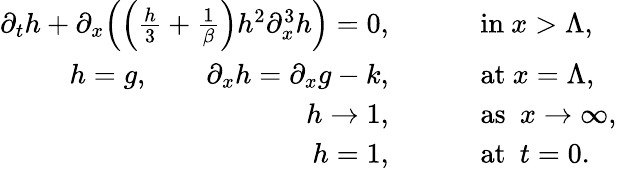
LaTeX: \begin{array}{rl}{\partial_{t}h+\partial_{x}\Big(\Big(\frac{h}{3}+\frac{1}{\beta}\Big)h^{2}\partial_{x}^{3}h\Big)=0,\qquad}&{\mathrm{~in~}x>\Lambda,}\\ {h=g,\qquad\partial_{x}h=\partial_{x}g-k,\qquad}&{\mathrm{~at~}x=\Lambda,}\\ {h\to 1,\qquad}&{\mathrm{~as~}\ x\to\infty,}\\ {h=1,\qquad}&{\mathrm{~at~}\ t=0.}\end{array}